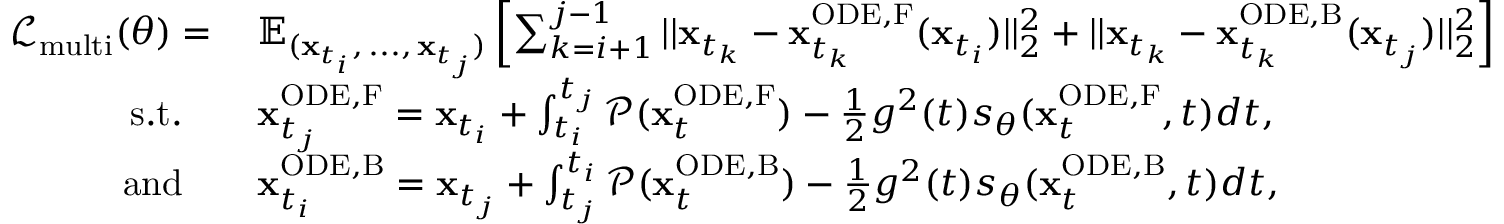
\begin{array} { r l } { \mathcal { L } _ { \mathrm { m u l t i } } ( \theta ) = \: } & { \mathbb { E } _ { ( \mathbf { x } _ { t _ { i } } , \, . . . , \, \mathbf { x } _ { t _ { j } } ) } \left[ \sum _ { k = i + 1 } ^ { j - 1 } | | \mathbf { x } _ { t _ { k } } - \mathbf { x } _ { t _ { k } } ^ { \mathrm { O D E , F } } ( \mathbf { x } _ { t _ { i } } ) | | _ { 2 } ^ { 2 } + | | \mathbf { x } _ { t _ { k } } - \mathbf { x } _ { t _ { k } } ^ { \mathrm { O D E , B } } ( \mathbf { x } _ { t _ { j } } ) | | _ { 2 } ^ { 2 } \right] } \\ { \mathrm { s . t . } \quad } & { \mathbf { x } _ { t _ { j } } ^ { \mathrm { O D E , F } } = \mathbf { x } _ { t _ { i } } + \int _ { t _ { i } } ^ { t _ { j } } \mathcal { P } ( \mathbf { x } _ { t } ^ { \mathrm { O D E , F } } ) - \frac { 1 } { 2 } g ^ { 2 } ( t ) s _ { \theta } ( \mathbf { x } _ { t } ^ { \mathrm { O D E , F } } , t ) d t , } \\ { \mathrm { a n d } \quad } & { \mathbf { x } _ { t _ { i } } ^ { \mathrm { O D E , B } } = \mathbf { x } _ { t _ { j } } + \int _ { t _ { j } } ^ { t _ { i } } \mathcal { P } ( \mathbf { x } _ { t } ^ { \mathrm { O D E , B } } ) - \frac { 1 } { 2 } g ^ { 2 } ( t ) s _ { \theta } ( \mathbf { x } _ { t } ^ { \mathrm { O D E , B } } , t ) d t , } \end{array}